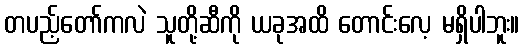
တပည့်တော်ကလဲ သူတို့ဆီကို ယခုအထိ တောင်းလေ့ မရှိပါဘူး။